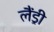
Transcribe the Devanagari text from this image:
लैंड्री